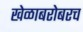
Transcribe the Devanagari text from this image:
खेळाबरोबरच